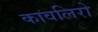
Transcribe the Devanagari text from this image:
कावलिरो